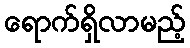
ရောက်ရှိလာမည့်